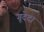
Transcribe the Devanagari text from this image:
गूदेदा